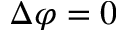
\Delta \varphi = 0